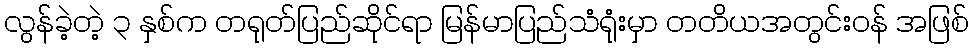
လွန်ခဲ့တဲ့ ၃ နှစ်က တရုတ်ပြည်ဆိုင်ရာ မြန်မာပြည်သံရုံးမှာ တတိယအတွင်းဝန် အဖြစ်